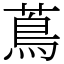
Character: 蔦